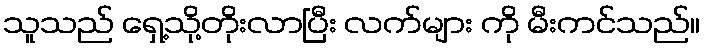
သူသည် ရှေ့သို့တိုးလာပြီး လက်များ ကို မီးကင်သည်။